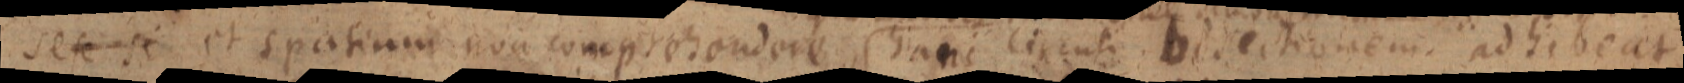
sese si et spatium non comprehendere. hanc lircnti bidectionem. ad hibeat